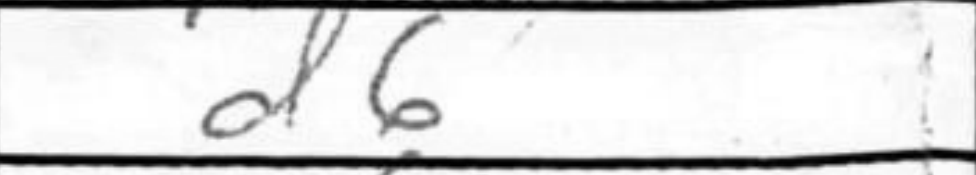
Transcription: d6